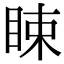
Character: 䀳